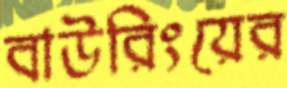
বাউরিংয়ের